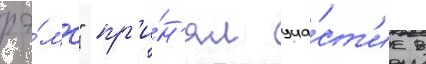
рэ́мс" пр'и́н'ял уча́ст'ие в